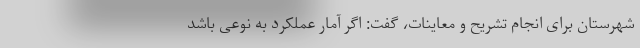
شهرستان برای انجام تشریح و معاینات، گفت: اگر آمار عملکرد به نوعی باشد